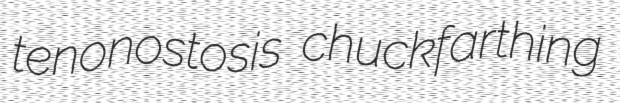
tenonostosis chuckfarthing